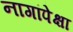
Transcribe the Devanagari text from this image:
नागांपेक्षा